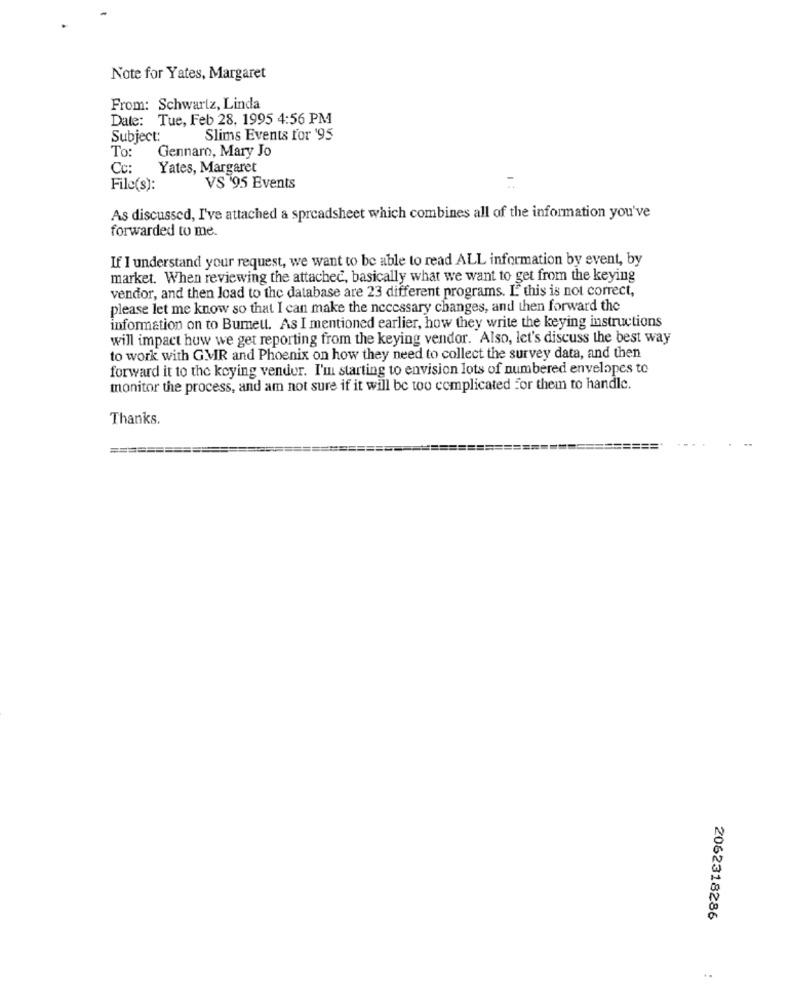
Note for Yates, Margaret
From: Schwartz, Linda
Date: Tue, Feb 28, 1995 4:56 PM
Subject:
Slims Events for '95
To:
Gennaro, Mary Jo
Cc:
Yates, Margaret
File(s):
VS '95 Events
As discussed, I've attached a spreadsheet which combines all of the information you've
forwarded to me.
If I understand your request, we want to be able to read ALL information by event, by
market. When reviewing the attached, basically what we want to get from the keying
vendor, and then load to the database are 23 different programs. L' this is not correct,
please let me know so that I can make the necessary changes, and then forward the
information on to Burnett. As I mentioned earlier, how they write the keying instructions
will impact huw we get reporting from the keying vendor. Also, let's discuss the best way
to work with GMIR and Phoenix on how they need to collect the survey data, and then
forward it to the keying vender. I'm starting to envision lots of numbered envelopes to
monitor the process, and am not sure if it will be too complicated for them to handle.
Thanks.
=======
==========
2062318286